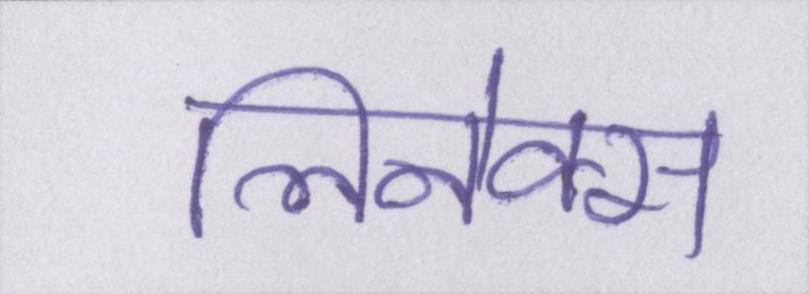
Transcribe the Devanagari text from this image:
लिनेक्स